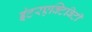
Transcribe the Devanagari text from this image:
इंटरएक्टिविटी